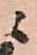
ニ